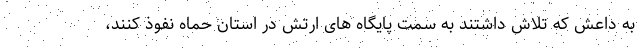
به داعش که تلاش داشتند به سمت پایگاه های ارتش در استان حماه نفوذ کنند،